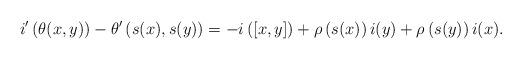
LaTeX: \begin{align*}i'\left( \theta(x,y)\right)-\theta'\left(s(x),s(y) \right)=-i\left( [x,y]\right)+\rho\left(s(x) \right)i(y)+\rho\left(s(y) \right)i(x).\end{align*}